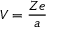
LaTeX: V = { \frac { Z e } { a } } \,